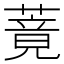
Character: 䔔